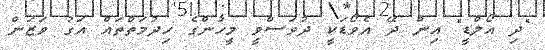
"ދި އޯލްޑީ" އިން ދޭ އެވޯޑަކީ ދުވަސްވީ މީހުންގެ ހިދުމަތްތައް އަގު ވަޒަން